Annual report of the Punjab Veterinary College and of the Civil Veterinary Department, Punjab - 1894-1908
Year: 1894
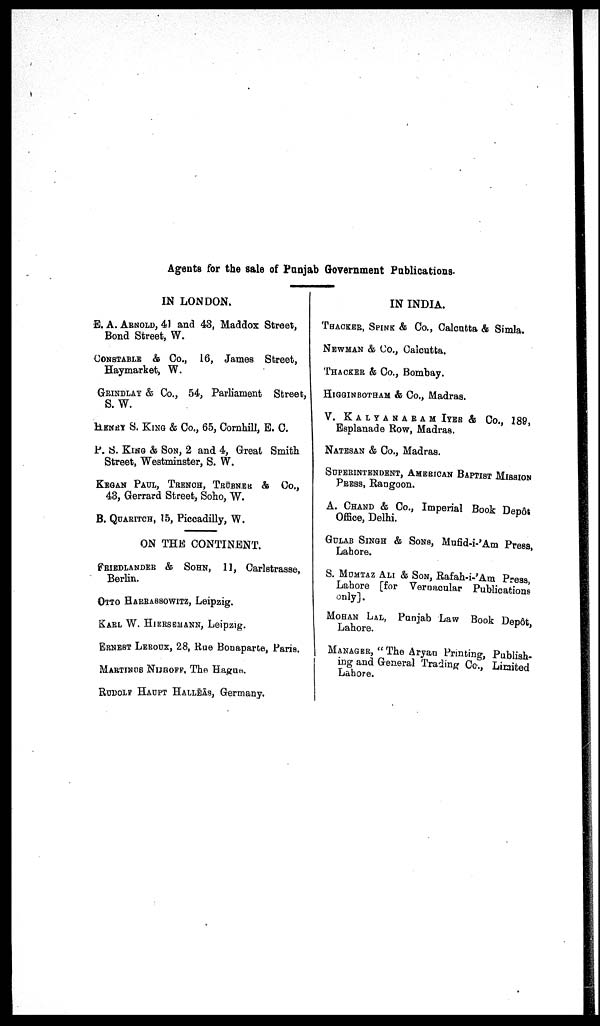
Agents for the sale of Punjab Government Publications-
IN LONDON.
E. A. ARNOLD, 41 and 43, Maddox Street,
Bond Street, W.
CONSTABLE & Co., 16, James Street,
Haymarket, W.
GRINDLAY & Co., 54, Parliament Street,
S. W.
HENRY S. KING & Co., 65, Cornhill, E. C.
P. S. KING & SON, 2 and 4, Great Smith
Street, Westminster, S. W.
KEGAN PAUL, TRENCH, TRUBNER & Co.,
43, Gerrard Street, Soho, W.
B. QUARITCH, 15, Piccadilly, W.
ON THE CONTINENT.
FRIEDLANDER & SOHN, 11, Carlstrasse,
Berlin.
OTTO HARRASSOWITZ, Leipzig.
KARL W. HIERSEMANN, Leipzig.
ERNEST LEROUX, 28, Rue Bonaparte, Paris.
MARTINUS NIJHOFF, The Hague.
RUDOLF HAUPT HALLĒĀS, Germany.
IN INDIA.
THACKER, SPINK & Co., Calcutta & Simla.
NEWMAN & Co., Calcutta.
THACKER & Co., Bombay.
HIGGINBOTHAM & Co., Madras.
V. KALYANARAM IYER & Co., 189,
Esplanade Row, Madras.
NATESAN & Co., Madras.
SUPERINTENDENT, AMERICAN BAPTIST MISSION
PRESS, Rangoon.
A. CHAND & Co., Imperial Book Depôt
Office, Delhi.
GULAB SINGH& SONS, Mufid-i-'Am Press
Lahore.
S. MUMTAZ ALI & SON, Rafah-i-'Am Press,
Lahore [for Veroacular Publications
only].
MOHAN LAL, Punjab Law Book Depôt,
Lahore.
MANAGER, "The Aryan Printing, Publish-
ing and General Trading Co., Limited
Lahore.